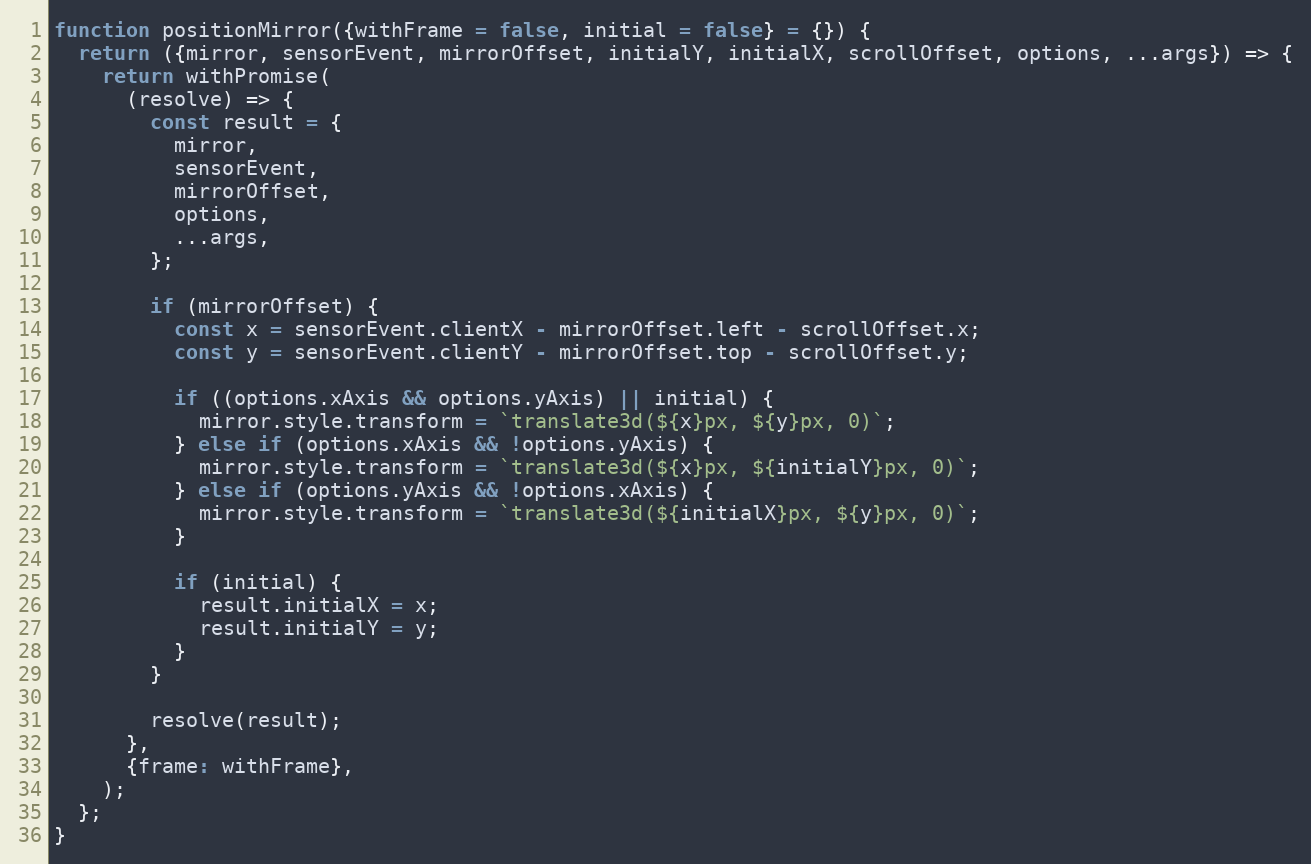
Language: JavaScript
function positionMirror({withFrame = false, initial = false} = {}) {
  return ({mirror, sensorEvent, mirrorOffset, initialY, initialX, scrollOffset, options, ...args}) => {
    return withPromise(
      (resolve) => {
        const result = {
          mirror,
          sensorEvent,
          mirrorOffset,
          options,
          ...args,
        };

        if (mirrorOffset) {
          const x = sensorEvent.clientX - mirrorOffset.left - scrollOffset.x;
          const y = sensorEvent.clientY - mirrorOffset.top - scrollOffset.y;

          if ((options.xAxis && options.yAxis) || initial) {
            mirror.style.transform = `translate3d(${x}px, ${y}px, 0)`;
          } else if (options.xAxis && !options.yAxis) {
            mirror.style.transform = `translate3d(${x}px, ${initialY}px, 0)`;
          } else if (options.yAxis && !options.xAxis) {
            mirror.style.transform = `translate3d(${initialX}px, ${y}px, 0)`;
          }

          if (initial) {
            result.initialX = x;
            result.initialY = y;
          }
        }

        resolve(result);
      },
      {frame: withFrame},
    );
  };
}